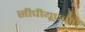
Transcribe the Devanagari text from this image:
सीपीयूएसए